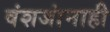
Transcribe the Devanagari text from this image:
वंशजांनाही